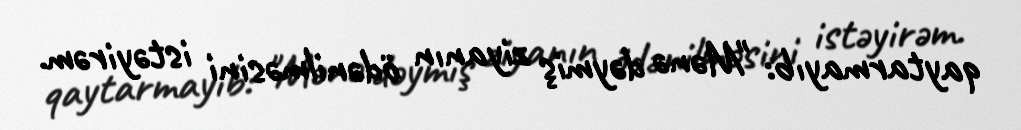
qaytarmayıb: "Mənə dəymiş ziyanın ödənilməsini istəyirəm.